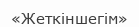
«Жеткіншегім»